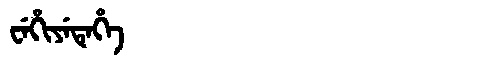
Manchu: ᠸᡝᡥᡳᠶᡝᡨᡝᡥᡝ
Romanization: WEHIYETEHE